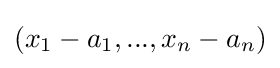
(x_{1}-a_{1},...,x_{n}-a_{n})